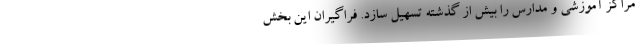
مراکز آموزشی و مدارس را بیش از گذشته تسهیل سازد. فراگیران این بخش